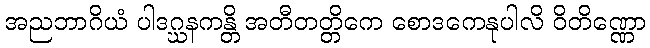
အညဘာဂိယံ ပါဒဂ္ဃနကန္တိ အတီတတ္တိကေ စောဒကေနုပါလိ ဝိတိဏ္ဏော